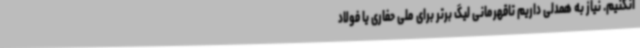
انکنیم. نیاز به همدلی داریم تاقهرمانی لیگ برتر برای ملی حفاری یا فولاد